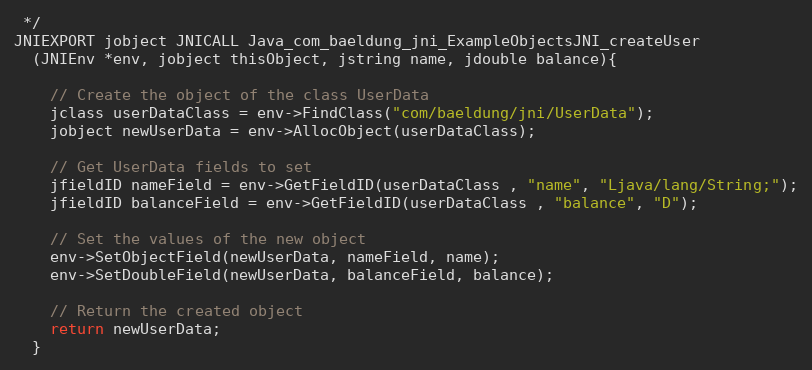
Language: C++
 */
JNIEXPORT jobject JNICALL Java_com_baeldung_jni_ExampleObjectsJNI_createUser
  (JNIEnv *env, jobject thisObject, jstring name, jdouble balance){

    // Create the object of the class UserData
    jclass userDataClass = env->FindClass("com/baeldung/jni/UserData");
    jobject newUserData = env->AllocObject(userDataClass);

    // Get UserData fields to set
    jfieldID nameField = env->GetFieldID(userDataClass , "name", "Ljava/lang/String;");
    jfieldID balanceField = env->GetFieldID(userDataClass , "balance", "D");

    // Set the values of the new object
    env->SetObjectField(newUserData, nameField, name);
    env->SetDoubleField(newUserData, balanceField, balance);

    // Return the created object
    return newUserData;
  }